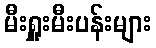
မီးရှူးမီးပန်းများ